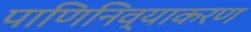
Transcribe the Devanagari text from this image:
पाणिनिव्याकरण